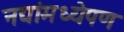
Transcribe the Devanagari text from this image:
नद्यांमध्येपण